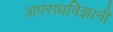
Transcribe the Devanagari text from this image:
अपराधविज्ञानी